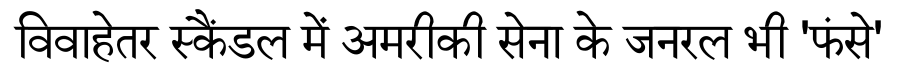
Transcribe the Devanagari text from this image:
विवाहेतर स्कैंडल में अमरीकी सेना के जनरल भी 'फंसे'